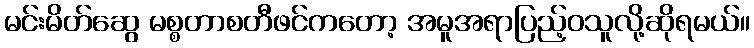
မင်းမိတ်ဆွေ မစ္စတာစတီဖင်ကတော့ အမူအရာပြည့်ဝသူလို့ဆိုရမယ်။